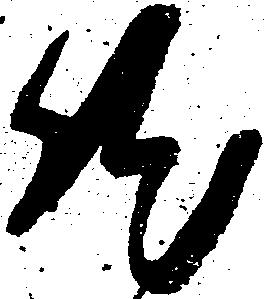
然